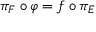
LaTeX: \pi _ { F } \circ \varphi = f \circ \pi _ { E }